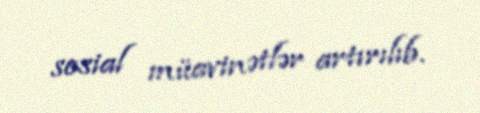
sosial müavinətlər artırılıb.